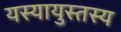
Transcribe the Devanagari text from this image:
यस्यायुस्तस्य